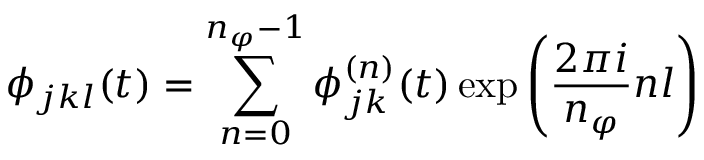
\phi _ { j k l } ( t ) = \sum _ { n = 0 } ^ { n _ { \varphi } - 1 } \phi _ { j k } ^ { ( n ) } ( t ) \exp { \left( \frac { 2 \pi i } { n _ { \varphi } } n l \right) }